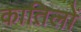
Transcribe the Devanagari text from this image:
कात़िलों